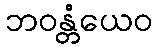
ဘဝန္တံယေဝ